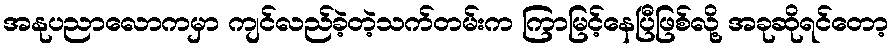
အနုပညာလောကမှာ ကျင်လည်ခဲ့တဲ့သက်တမ်းက ကြာမြင့်နေပြီဖြစ်လို့ အခုဆိုရင်တော့